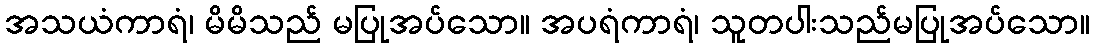
အသယံကာရံ၊ မိမိသည် မပြုအပ်သော။ အပရံကာရံ၊ သူတပါးသည်မပြုအပ်သော။